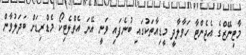
މާޓިނޭޒްގެ އެޖެންޓާ ހަވާލާދީ މީޑިއާތަކުގައި ބުނެފައި ވަނީ އޭނަ އެތްލެޓިކޯ މެޑްރިޑަށް ބަދަލުވާން